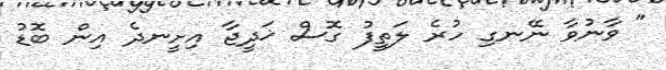
" ވާނުވާ ނޭނގި ހުރެ ލަތީފު ގޮސް ޚަދީޖާ އިށީނދެ އިން ބޮޑު